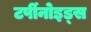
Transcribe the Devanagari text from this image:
टर्पीनोइड्स